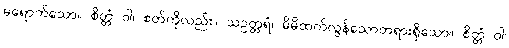
မရောက်သော။ စိတ္တံ ဝါ၊ စတ်ကိုလည်း။ သဥတ္တရံ၊ မိမိထက်လွန်သောတရားရှိသော။ စိတ္တံ ဝါ၊